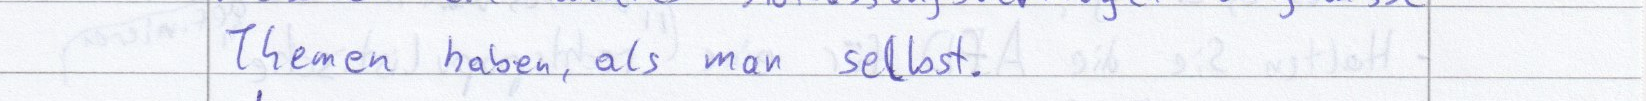
Themen haben, als man selbst.